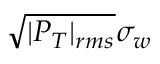
\sqrt { | P _ { T } | _ { r m s } } \sigma _ { w }